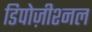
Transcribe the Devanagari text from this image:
डिपोज़ीश्नल